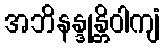
အဘိနန္ဒုန္တိဝါကျံ